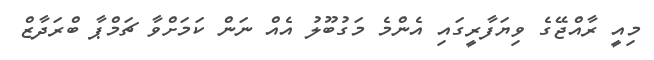
މިއީ ރާއްޖޭގެ ވިޔަފާރީގައި އެންމެ މަގުބޫލު އެއް ނަން ކަމަށްވާ ޗަމްޕާ ބްރަދާޒް